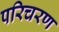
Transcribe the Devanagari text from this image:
परिचरण